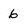
Character: 6